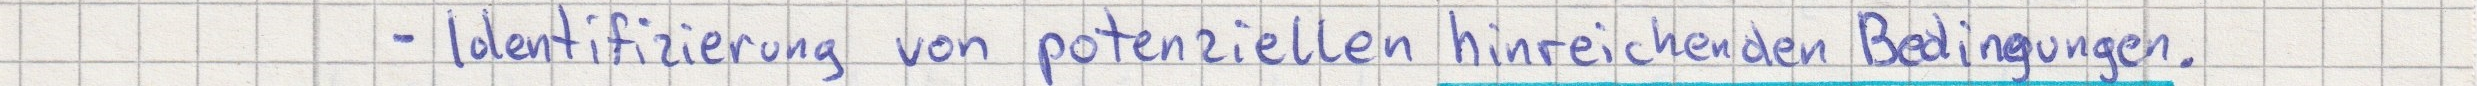
- Identifizierung von potenziellen hinreichenden Bedingungen.